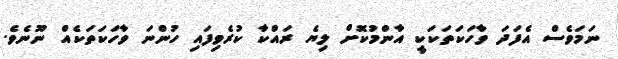
ނަމަވެސް އެފަދަ ވާހަކަތަކަކީ އާންމުކޮށް ލިޔެ ރައްކާ ކުރެވިފައި ހުންނަ ވާހަކަތަކެއް ނޫނެވެ.